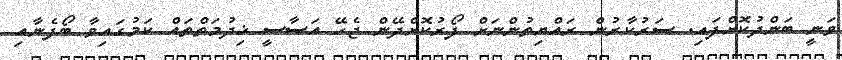
ވަނީ ބަންދުކޮށްފައި. ސަރުކާރުން ރައްޔިތުންނަށް ފޯރުކޮށްދޭން ޖެހޭ އަސާސީ ޚިދުމަތްތައް ކަމުގައިވާ ބޯފެނާއި